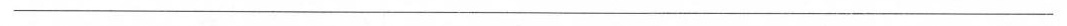
___